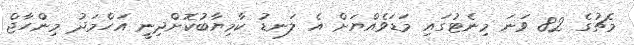
މެޗުގެ 82 ވަނަ މިނެޓުގައި މަޑަވެއްޔަށް އެ ލަނޑު ކާމިޔާބުކޮށްދިނީ އަހްމަދު މިންހާޖް